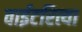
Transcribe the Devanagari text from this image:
वाईटरित्या